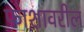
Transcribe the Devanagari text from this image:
फाशावरील